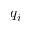
q _ { i }